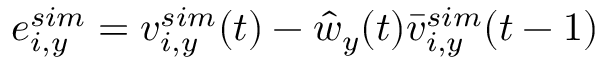
e _ { i , y } ^ { s i m } = v _ { i , y } ^ { s i m } ( t ) - \hat { w } _ { y } ( t ) \bar { v } _ { i , y } ^ { s i m } ( t - 1 )